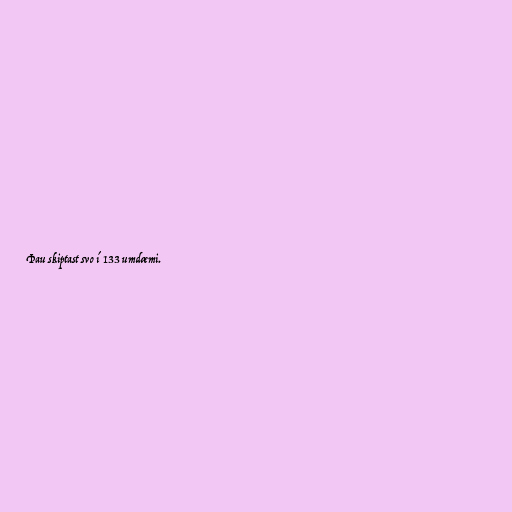
Þau skiptast svo í 133 umdæmi.